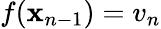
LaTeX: f(\mathbf{x}_{n-1})=v_{n}